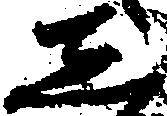
し